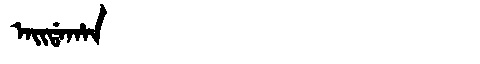
Manchu: ᠠᡳᡩᠠᡥᠠᠨ
Romanization: AIDAHAN